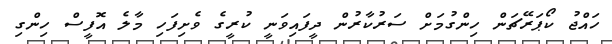
ހައްޖު ކޯޕަރޭޗަން ހިންގުމަށް ސަރުކާރުން ދީފައިވަނީ ކުރީގެ ވެށިފަހި މާލެ އޮފީސް ހިންގި